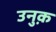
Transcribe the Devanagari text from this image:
उनुक़